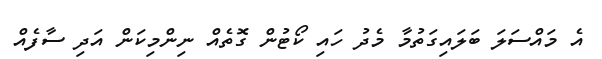
އެ މައްސަލަ ބަލައިގަތުމާ މެދު ހައި ކޯޓުން ގޮތެއް ނިންމިކަން އަދި ސާފެއް